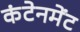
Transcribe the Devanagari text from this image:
कंटेनमेंट